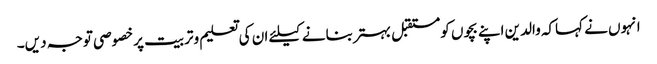
انہوں نے کہاکہ والدین اپنے بچوں کومستقبل بہتربنانے کیلئے ان کی تعلیم وتربیت پرخصوصی توجہ دیں۔